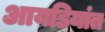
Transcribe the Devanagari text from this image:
आयडियांत